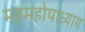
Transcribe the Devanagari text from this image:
महमहोपाध्याय